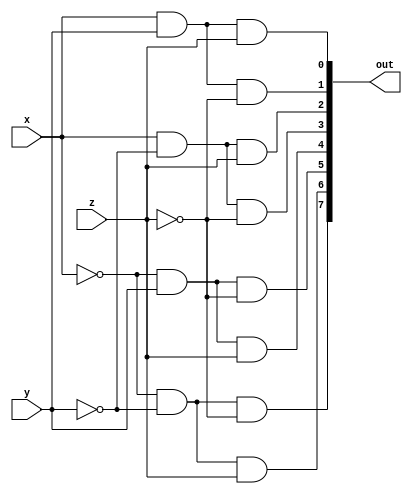
module DECODER(out, x, y, z);
  input x, y, z;
  output  [0:7]out;
  wire  x0, y0, z0;
  
  not g1(x0, x);
  not g2(y0, y);
  not g3(z0, z);
  
  and g4(out[0], x0, y0, z0);
  and g5(out[1], x0, y0, z);
  and g6(out[2], x0, y, z0);
  and g7(out[3], x0, y, z);
  and g8(out[4], x, y0, z0);
  and g9(out[5], x, y0, z);
  and g10(out[6], x, y, z0);
  and g11(out[7], x, y, z);
endmodule